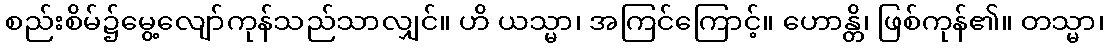
စည်းစိမ်၌မွေ့လျော်ကုန်သည်သာလျှင်။ ဟိ ယသ္မာ၊ အကြင်ကြောင့်။ ဟောန္တိ၊ ဖြစ်ကုန်၏။ တသ္မာ၊